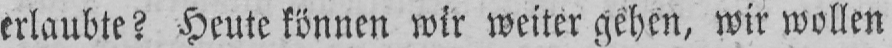
erlaubte? Heute können wir weiter gehen, wir wollen